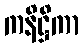
ကနိဋ္ဌိကာ